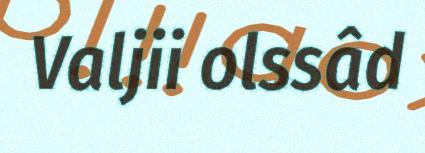
Valjii olssâd